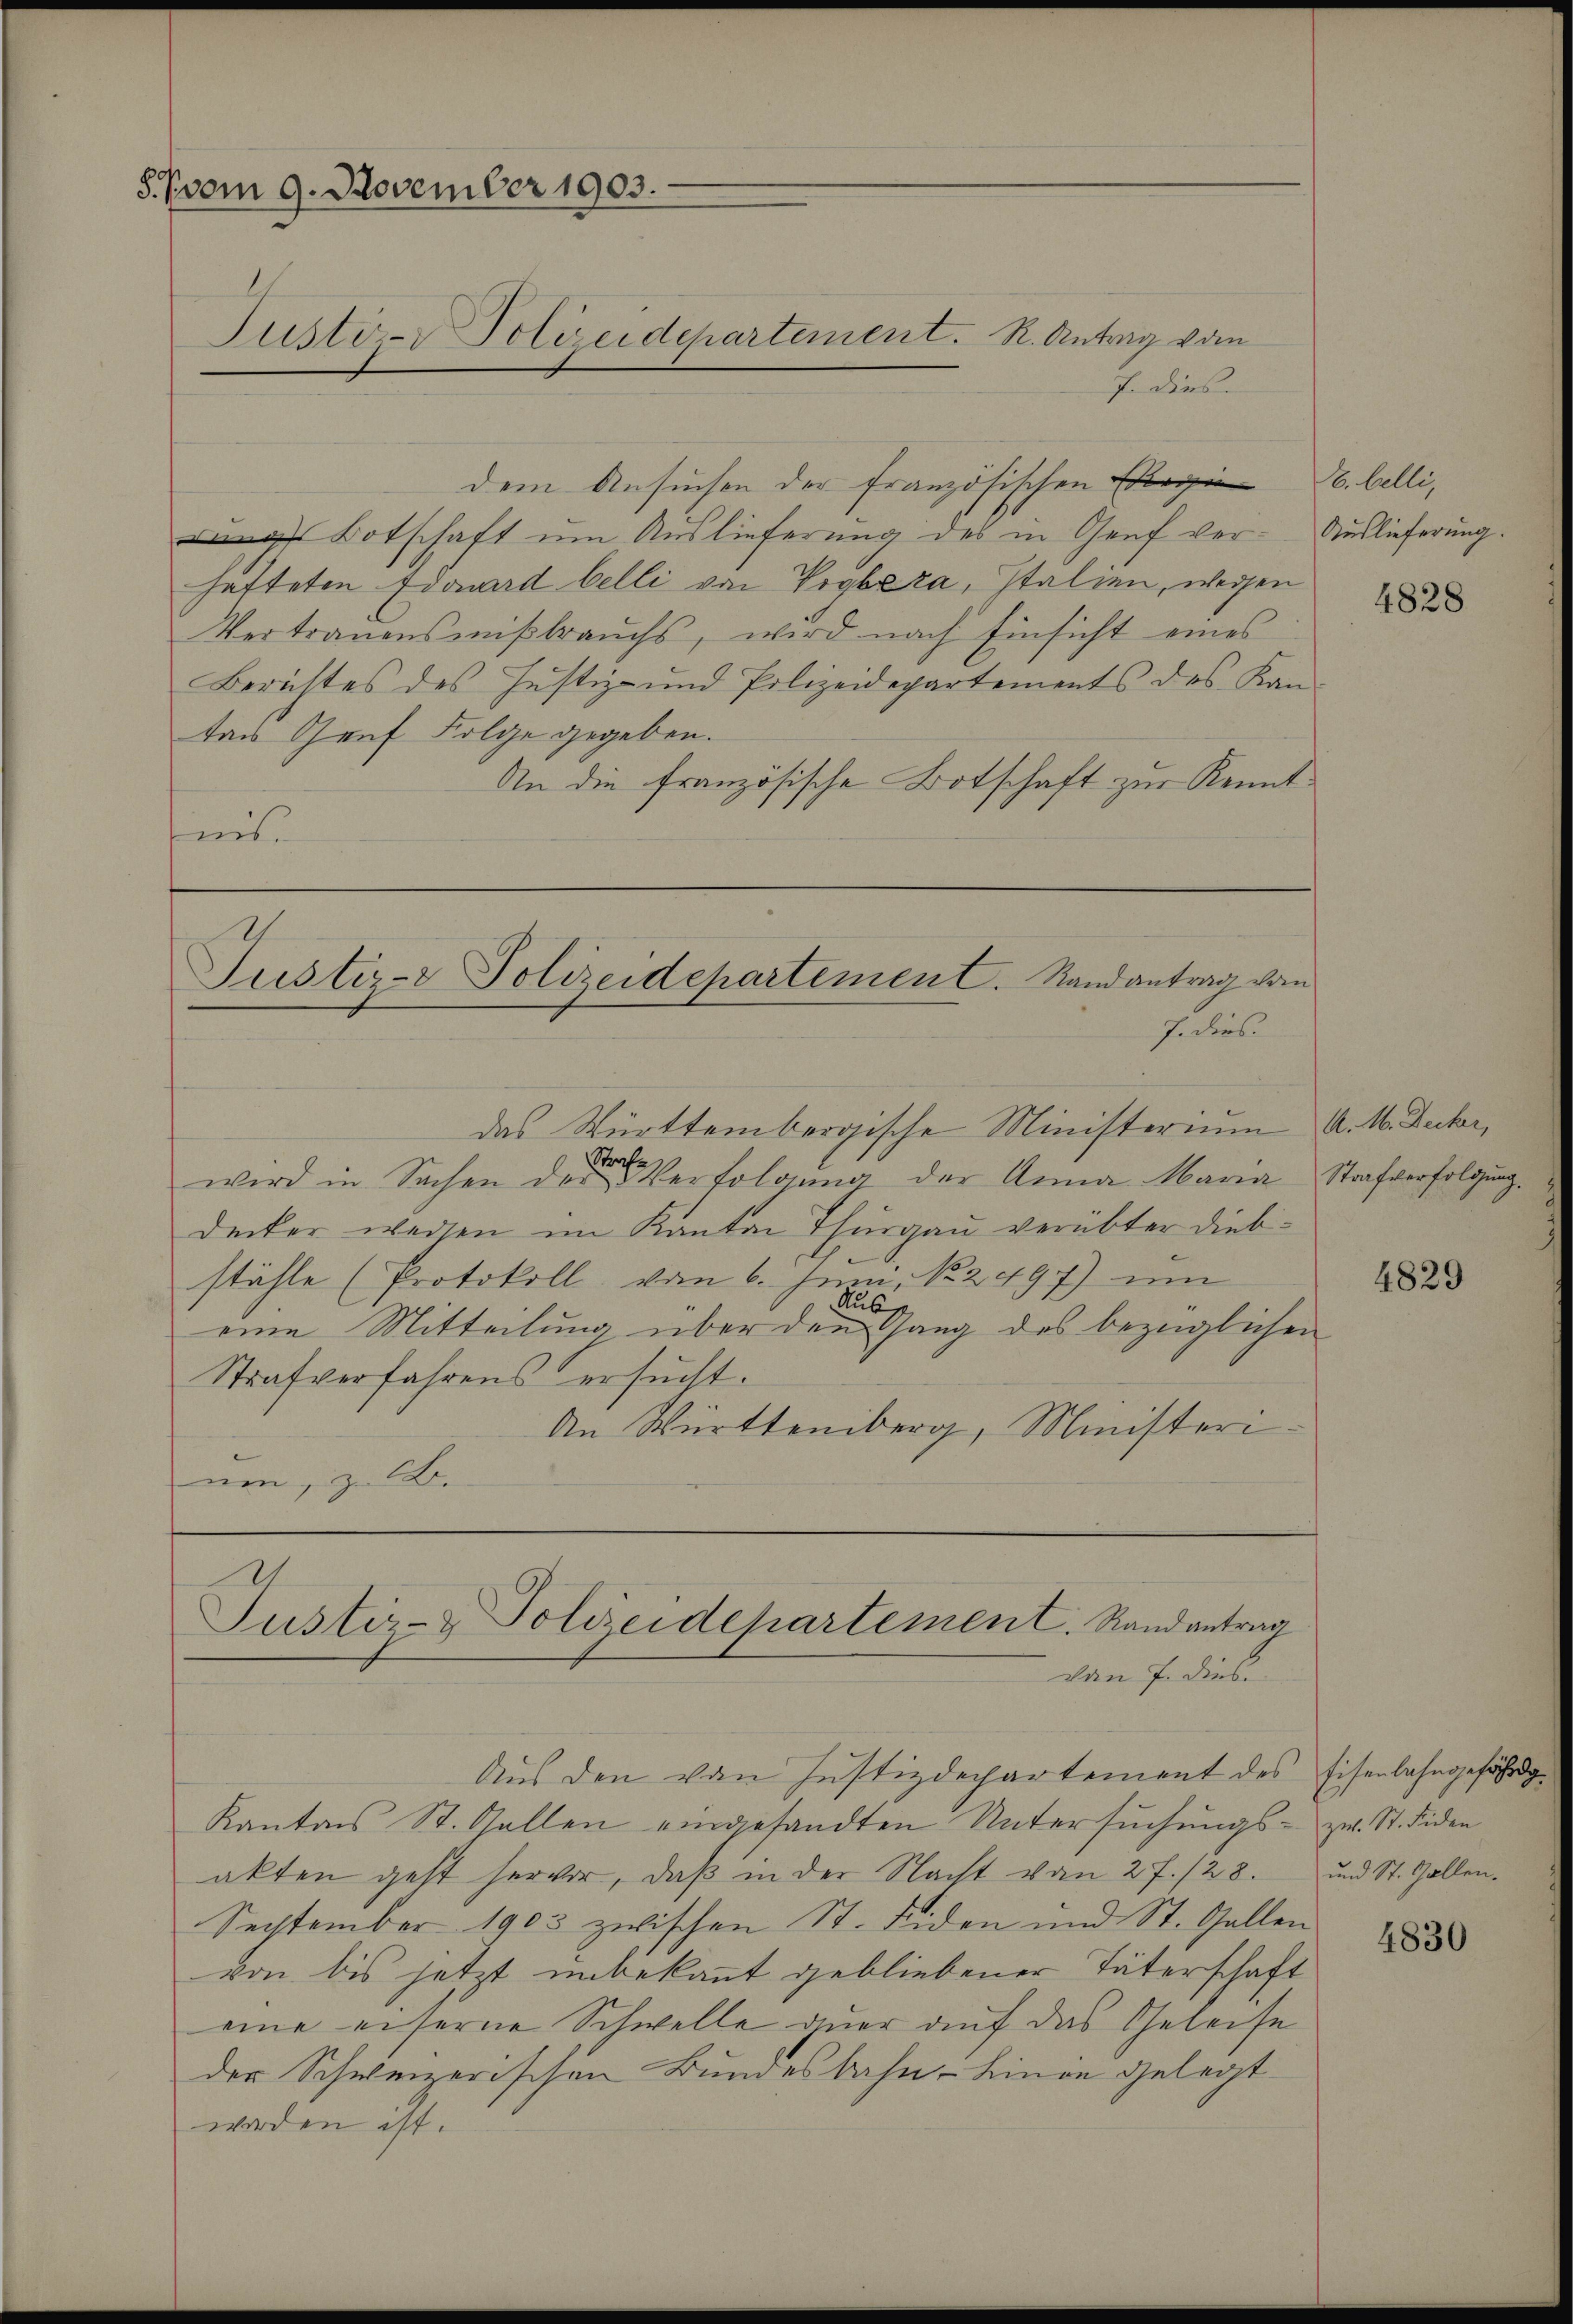
§.Vvom 9. November 1903.
Justiz-Polizeidepartement. R. Antrag vom

J. dies
dem Ansuchen der französischen Freie B. belli,
dange Botschaft um Auslieferung des in Genf verhafteten Edouard belli von Voglera, Italien, wegen
Vertrauensmiβbraŭchs, wird nach Einsicht eines
Berichtes des Justiz- und Polizeidepartements des Kan-
das Genf Folge gegeben.
An die französische Botschaft zur Kennt
tis.

1
Justiz- Polizeidepartement. Randantrag vom
f dies

das Württembergische Ministerium A. 1. Decker,
wird in Sachen der Verfolgŭng der Anna Maria Strafverfolgung
Decker wegen im Kanton Thurgau verübter diebstähle (Protokoll vom 6. Juni 182497) um
Rube
eine Mitteilung über den Gang des bezüglichen
Strafverfahrens ersucht.
An Württenberg, Ministeri
nen, zu 1.

Justiz- & Polizeidehartement. Randantrag
den 7. diese

Aus den von Justizdepartement des Eisenbahngefährig
Kantons St. Gallen eingesandten Untersuchungs- zw. St. Fiden
akten geht hervor, daß in der Nacht von 2 f. 128.
September 1903 zwischen St. Fiden und St. Gallen
von bis jetzt unbekannt gebliebener Täterschaft
eine eiserne Schwelle quer auf das Geleise
der Schweizerischen Bundesbahn-Linie gelegt
worden ist.

Auslieferung.

4828

4829

und St. Gallen.

4830